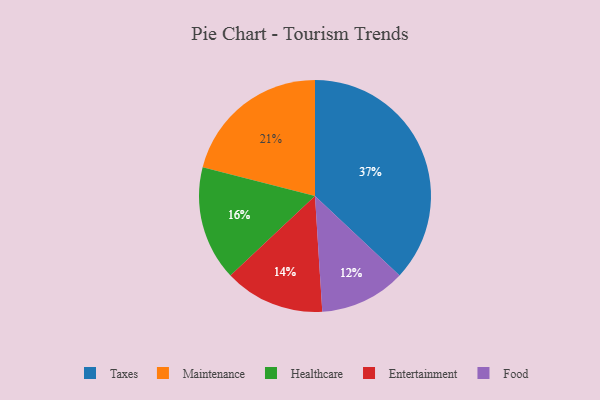
{"axis": {"x": "Category", "y": "Percentage"}, "legend": ["Entertainment", "Food", "Healthcare", "Maintenance", "Taxes"], "data": [{"x": "Taxes", "y": 37, "type": "Taxes"}, {"x": "Maintenance", "y": 21, "type": "Maintenance"}, {"x": "Food", "y": 12, "type": "Food"}, {"x": "Healthcare", "y": 16, "type": "Healthcare"}, {"x": "Entertainment", "y": 14, "type": "Entertainment"}]}